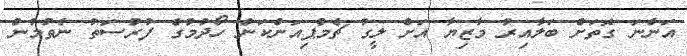
އަންނަ ގޮތަށް ބަލާއިރު މާޒިޔާ އަށް ލީގު ޗެމްޕިއަންކަން ހޯދުމުގެ ފުރުސަތު ނެތުމުން